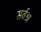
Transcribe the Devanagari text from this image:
सर्वश्र